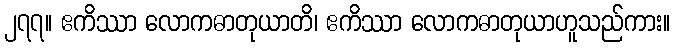
၂၇၇။ ဧကိဿာ လောကဓာတုယာတိ၊ ဧကိဿာ လောကဓာတုယာဟူသည်ကား။